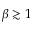
\beta \gtrsim 1